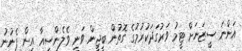
އަންނަ ސީޒަނަށް ޓީމު ވަރުގަދަކުރުމުގެ ގޮތުން ބީޖީން ވަނީ ވެލެންސިއާ އިން ފެނުނު